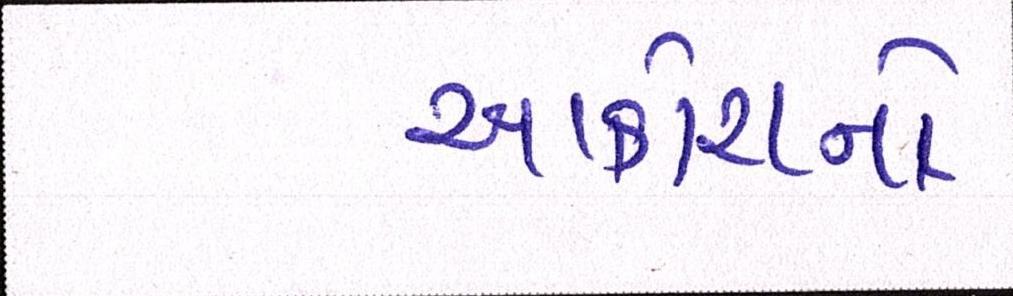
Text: આક્રોશનો